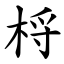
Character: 㭩